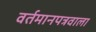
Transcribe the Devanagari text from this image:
वर्तमानपत्रवाला